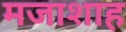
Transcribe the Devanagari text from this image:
मजाशाह